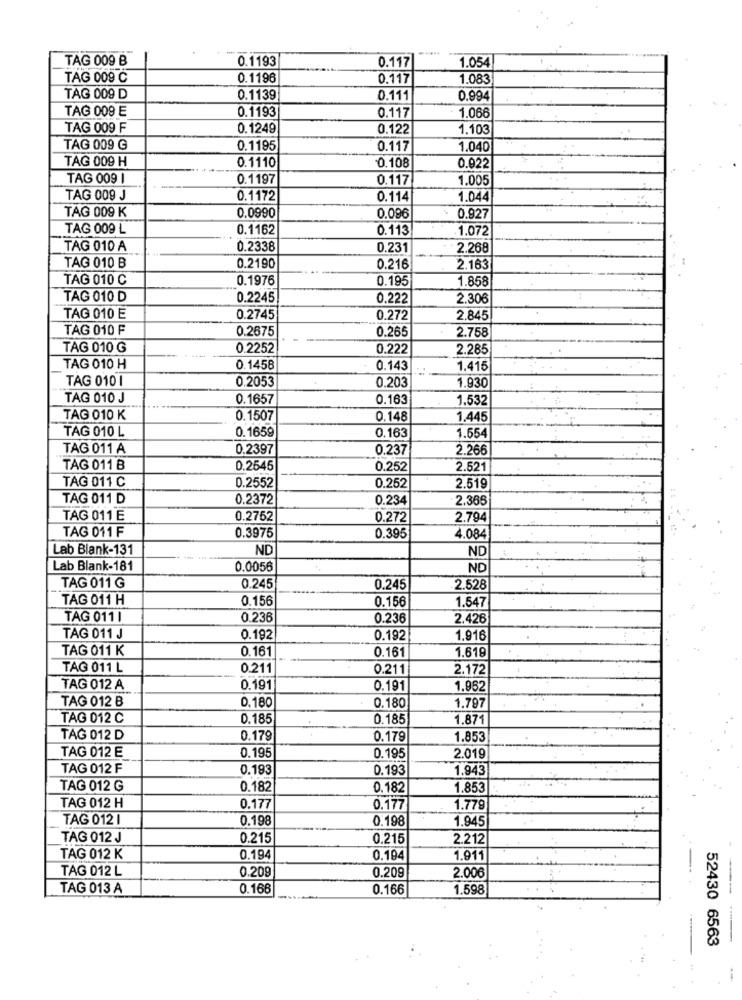
TAG 009 B
0.1193
1.054
0.117
TAG 009 C
0.1196
0.117
1.083
TAG 009 D
0.1139
0.111
0.994
TAG 009 E
0.1193
0.117
1.066
TAG 009 F
0.1249
0.122
1.103
TAG 009 G
0.1195
0.117
1.040
TAG 009 H
0.1110
0.922
0.108
TAG 009 1
0.1197
0.117
1.005
TAG 009 J
0.1172
0.114
1.044
TAG 009 K
0.0990
0.096
0.927
TAG 009 L
0.1162
0.113
1.072
TAG 010 A
0.2338
0.231
2.268
TAG 010 B
0.2190
0.216
2.163
TAG 010 C
0.1976
0.195
1.858
TAG 010 D
0.2245
0.222
2.306
TAG 010 E
0.2745
0.272
2.845
TAG 010 F
0.2675
0.265
2.758
TAG 010 G
0.2252
0.222
2.285
TAG 010 H
0.1458
0.143
1.415
TAG 010 1
0.2053
1.930
0.203
TAG 010 J
0.1657
0.163
1.532
TAG 010 K
0.1507
0.148
1.445
TAG 010 L
0.1659
0.163
1.554
TAG 011 A
0.2397
0.237
2.266
TAG 011 B
0.2545
0.252
2.521
TAG 011 C
0.2552
0.252
2.519
TAG 011 D
0.2372
0.234
2.365
TAG 011 E
0.2752
0.272
2.794
TAG 011 F
0.395
0.3975
4.084
Lab Blank-131
ND
ND
Lab Blank-181
0.0056
ND
TAG 011 G
0.245
0.245
2.528
TAG 011 H
0.156
0.156
1.547
TAG 011 1
0.236
0.236
2.426
TAG 011 J
0.192
0.192
1.916
TAG 011 K
0.161
0.161
1.619
TAG 011 L
0.211
0.211
2.172
TAG 012 A
0.191
0.191
1.962
TAG 012 B
0.180
1.797
0.180
TAG 012 C
0.185
0.185
1.871
TAG 012 D
0.179
0.179
1.853
TAG 012 E
0.195
0.195
2.019
TAG 012 F
0.193
0.193
1.943
TAG 012 G
0.182
0.182
1.853
TAG 012 H
0.177
0.177
1.779
TAG 012 1
0.198
0.198
1.945
TAG 012 J
0.215
0.215
2.212
TAG 012 K
0.194
0.194
1.911
TAG 012 L
0.209
0.209
2.006
TAG 013 A
0.166
0.166
1.598
52430 6563